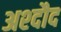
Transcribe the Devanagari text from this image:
अश्दौद